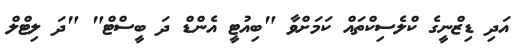
އަދި ޑިޒްނީގެ ކްލެސިކްތައް ކަމަށްވާ "ބިއުޓީ އެންޑް ދަ ބީސްޓް" "ދަ ލިޓްލް